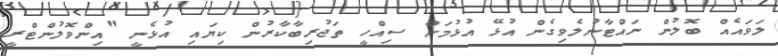
ލަވައެއް ބޮލުން ނައްޓާނުލެވިގެން އުޅޭ އުޅުމަށް ސިއްހީ ތަޖުރިބާކާރުން ކިޔައި އުޅެނީ "އިންވޮލުންޓްރީ